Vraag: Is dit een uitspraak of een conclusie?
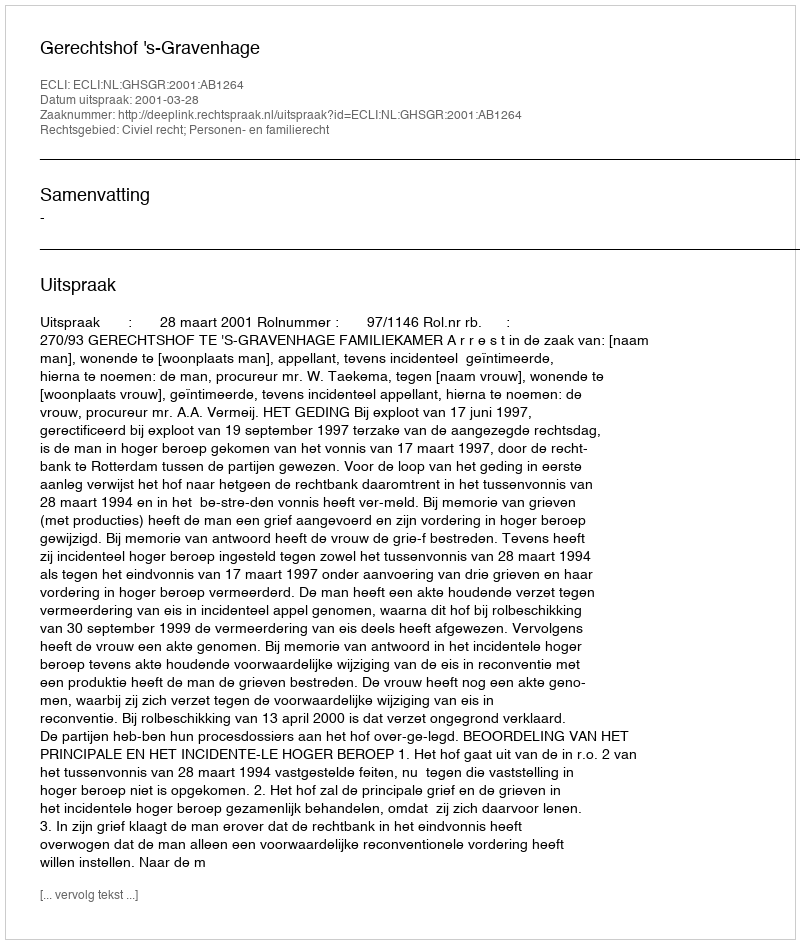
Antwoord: Uitspraak